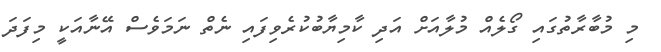
މި މުބާރާތުގައި ގޯލެއް މުލާއަށް އަދި ކާމިޔާބުކުރެވިފައި ނެތް ނަމަވެސް އޭނާއަކީ މިފަދަ